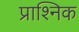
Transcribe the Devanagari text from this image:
प्राश्निक